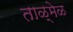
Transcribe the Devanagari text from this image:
ताळ्मेळ